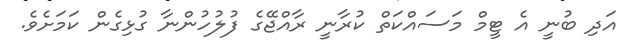
އަދި ބުނީ އެ ޓީމް މަސައްކަތް ކުރާނީ ރާއްޖޭގެ ފުލުހުންނާ ގުޅިގެން ކަމަށެވެ.